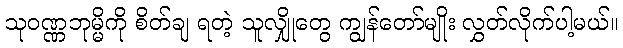
သုဝဏ္ဏဘုမ္မိကို စိတ်ချ ရတဲ့ သူလျှိုတွေ ကျွန်တော်မျိုး လွှတ်လိုက်ပါ့မယ်။